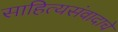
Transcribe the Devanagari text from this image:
साहित्यसंवादाचे